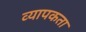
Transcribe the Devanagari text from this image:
व्‍यापकता